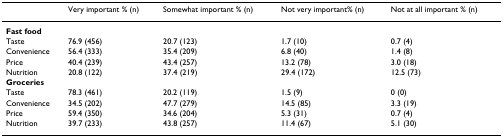
<table><thead><tr><td>[EMPTY_CELL]</td><td><b>Very important % (n)</b></td><td><b>Somewhat important % (n)</b></td><td><b>Not very important% (n)</b></td><td><b>Not at all important % (n)</b></td></tr></thead><tbody><tr><td><b>Fast food</b></td><td>[EMPTY_CELL]</td><td>[EMPTY_CELL]</td><td>[EMPTY_CELL]</td><td>[EMPTY_CELL]</td></tr><tr><td>Taste</td><td>76.9 (456)</td><td>20.7 (123)</td><td>1.7 (10)</td><td>0.7 (4)</td></tr><tr><td>Convenience</td><td>56.4 (333)</td><td>35.4 (209)</td><td>6.8 (40)</td><td>1.4 (8)</td></tr><tr><td>Price</td><td>40.4 (239)</td><td>43.4 (257)</td><td>13.2 (78)</td><td>3.0 (18)</td></tr><tr><td>Nutrition</td><td>20.8 (122)</td><td>37.4 (219)</td><td>29.4 (172)</td><td>12.5 (73)</td></tr><tr><td><b>Groceries</b></td><td>[EMPTY_CELL]</td><td>[EMPTY_CELL]</td><td>[EMPTY_CELL]</td><td>[EMPTY_CELL]</td></tr><tr><td>Taste</td><td>78.3 (461)</td><td>20.2 (119)</td><td>1.5 (9)</td><td>0 (0)</td></tr><tr><td>Convenience</td><td>34.5 (202)</td><td>47.7 (279)</td><td>14.5 (85)</td><td>3.3 (19)</td></tr><tr><td>Price</td><td>59.4 (350)</td><td>34.6 (204)</td><td>5.3 (31)</td><td>0.7 (4)</td></tr><tr><td>Nutrition</td><td>39.7 (233)</td><td>43.8 (257)</td><td>11.4 (67)</td><td>5.1 (30)</td></tr></tbody></table>